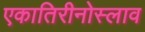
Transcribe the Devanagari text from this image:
एकातिरीनोस्लाव